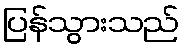
ပြန်သွားသည်